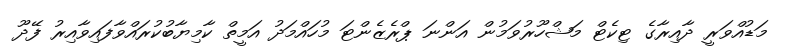
މަޑުއްވަރީ ދާއިރާގެ ޓިކެޓް މަޝްހޫރުވަމުން އަންނަ ޕްރެޒެންޓަ މުހައްމަދު އަމީތް ކާމިޔާބުކުރައްވާފައިވާއިރު ފޭދޫ